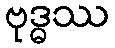
ဗုဒ္ဓဿ